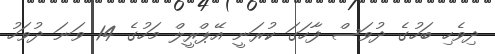
ދިވެހި ބަހުގެ ދުވަސް ފާހަގަ ކުރަނީ އޭޕްރީލް މަހުގެ 14 ވަނަ ދުވަހު